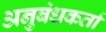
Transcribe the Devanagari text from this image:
अनुबंधकर्ता